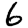
Digit: 6